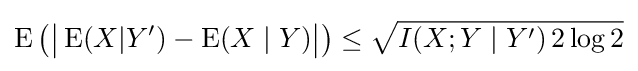
\operatorname {E} {\big (}{\big |}\operatorname {E} (X|Y')-\operatorname {E} (X\mid Y){\big |}{\big )}\leq {\sqrt {I(X;Y\mid Y')\,2\log 2}}